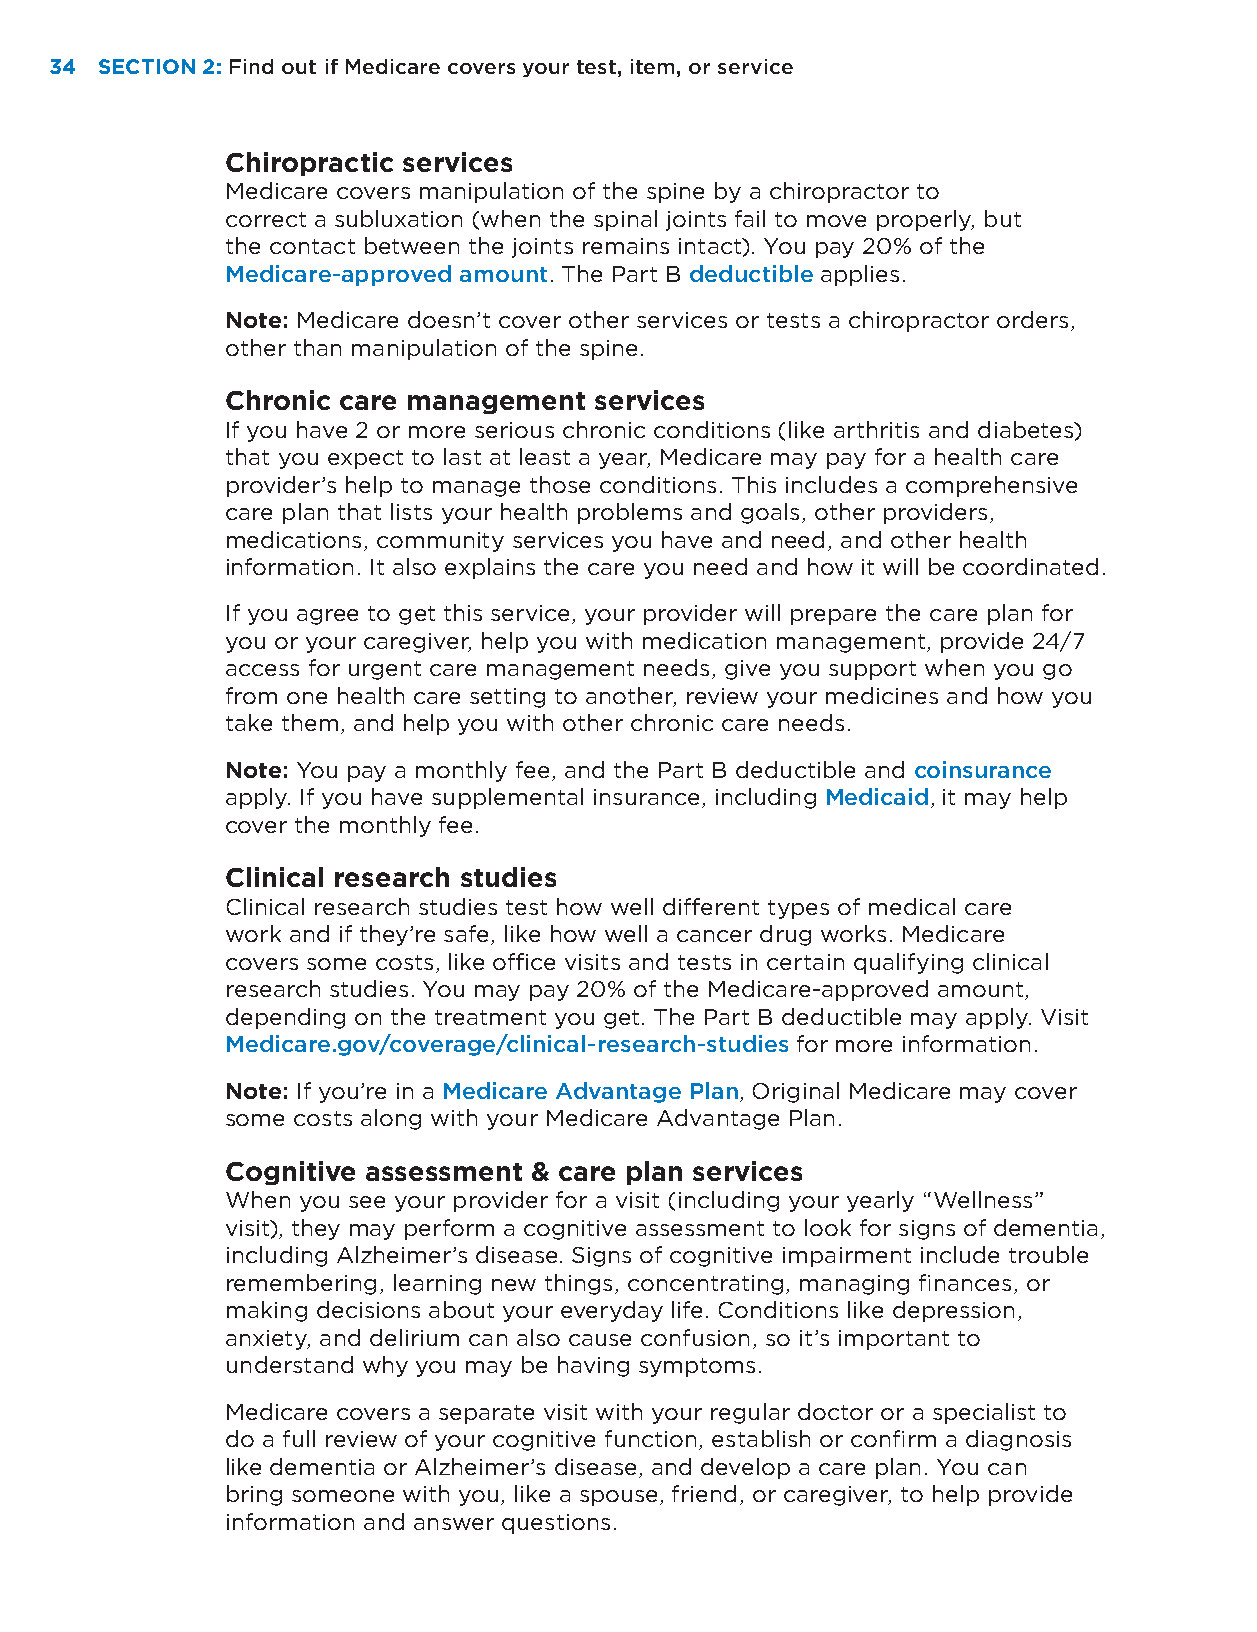
34 SECTION 2: Find out if Medicare covers your test, item, or service
 Chiropractic services
 Medicare covers manipulation of the spine by a chiropractor to
 correct a subluxation (when the spinal joints fail to move properly, but
 the contact between the joints remains intact). You pay 20% of the
 Medicare-approved amount. The Part B deductible applies.
 Note: Medicare doesn’t cover other services or tests a chiropractor orders,
 other than manipulation of the spine.
 Chronic care management services
 If you have 2 or more serious chronic conditions (like arthritis and diabetes)
 that you expect to last at least a year, Medicare may pay for a health care
 provider’s help to manage those conditions. This includes a comprehensive
 care plan that lists your health problems and goals, other providers,
 medications, community services you have and need, and other health
 information. It also explains the care you need and how it will be coordinated.
 If you agree to get this service, your provider will prepare the care plan for
 you or your caregiver, help you with medication management, provide 24/7
 access for urgent care management needs, give you support when you go
 from one health care setting to another, review your medicines and how you
 take them, and help you with other chronic care needs.
 Note: You pay a monthly fee, and the Part B deductible and coinsurance
 apply. If you have supplemental insurance, including Medicaid, it may help
 cover the monthly fee.
 Clinical research studies
 Clinical research studies test how well different types of medical care
 work and if they’re safe, like how well a cancer drug works. Medicare
 covers some costs, like office visits and tests in certain qualifying clinical
 research studies. You may pay 20% of the Medicare-approved amount,
 depending on the treatment you get. The Part B deductible may apply. Visit
 Medicare.gov/coverage/clinical-research-studies for more information.
 Note: If you’re in a Medicare Advantage Plan, Original Medicare may cover
 some costs along with your Medicare Advantage Plan.
 Cognitive assessment & care plan services
 When you see your provider for a visit (including your yearly “Wellness”
 visit), they may perform a cognitive assessment to look for signs of dementia,
 including Alzheimer’s disease. Signs of cognitive impairment include trouble
 remembering, learning new things, concentrating, managing finances, or
 making decisions about your everyday life. Conditions like depression,
 anxiety, and delirium can also cause confusion, so it’s important to
 understand why you may be having symptoms.
 Medicare covers a separate visit with your regular doctor or a specialist to
 do a full review of your cognitive function, establish or confirm a diagnosis
 like dementia or Alzheimer’s disease, and develop a care plan. You can
 bring someone with you, like a spouse, friend, or caregiver, to help provide
 information and answer questions.